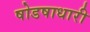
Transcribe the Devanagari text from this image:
षोडषाधारी